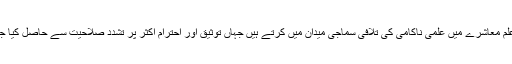
طالب علم معاشرے میں علمی ناکامی کی تلافی سماجی میدان میں کرتے ہیں جہاں توثیق اور احترام اکثر پُر تشدد صلاحیت سے حاصل کیا جاتا ہے۔